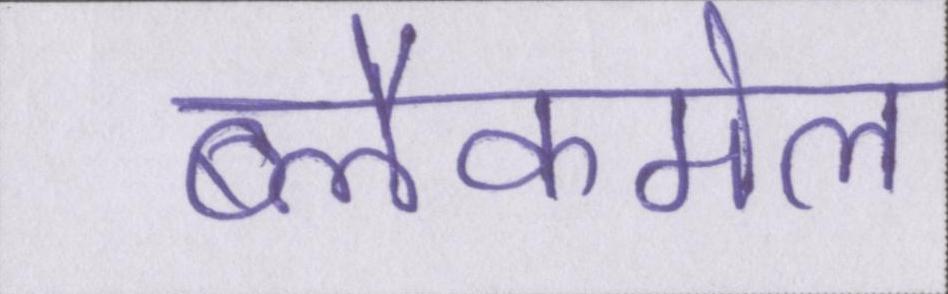
ब्लैकमेल